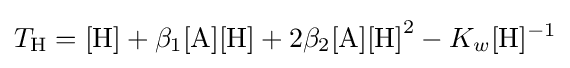
T_{\mathrm {H} }=\mathrm {[H]} +\beta _{1}\mathrm {[A][H]} +2\beta _{2}\mathrm {[A][H]} ^{2}-K_{w}[\mathrm {H} ]^{-1}